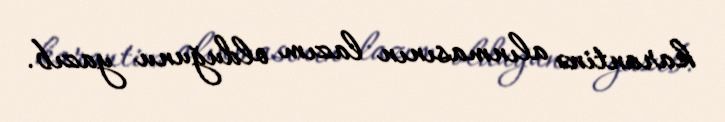
karantinə alınmasının lazım olduğunu yazıb.